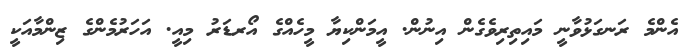
އެންމެ ރަނގަޅުވާނީ މައިތިރިވެގެން އިނުން. އީމަންކިޔާ މީހެއްގެ އޯރޑަރު މިއީ. އަހަރުމެންގެ ޒިންމާއަކީ